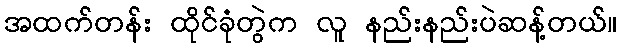
အထက်တန်း ထိုင်ခုံတွဲက လူ နည်းနည်းပဲဆန့်တယ်။